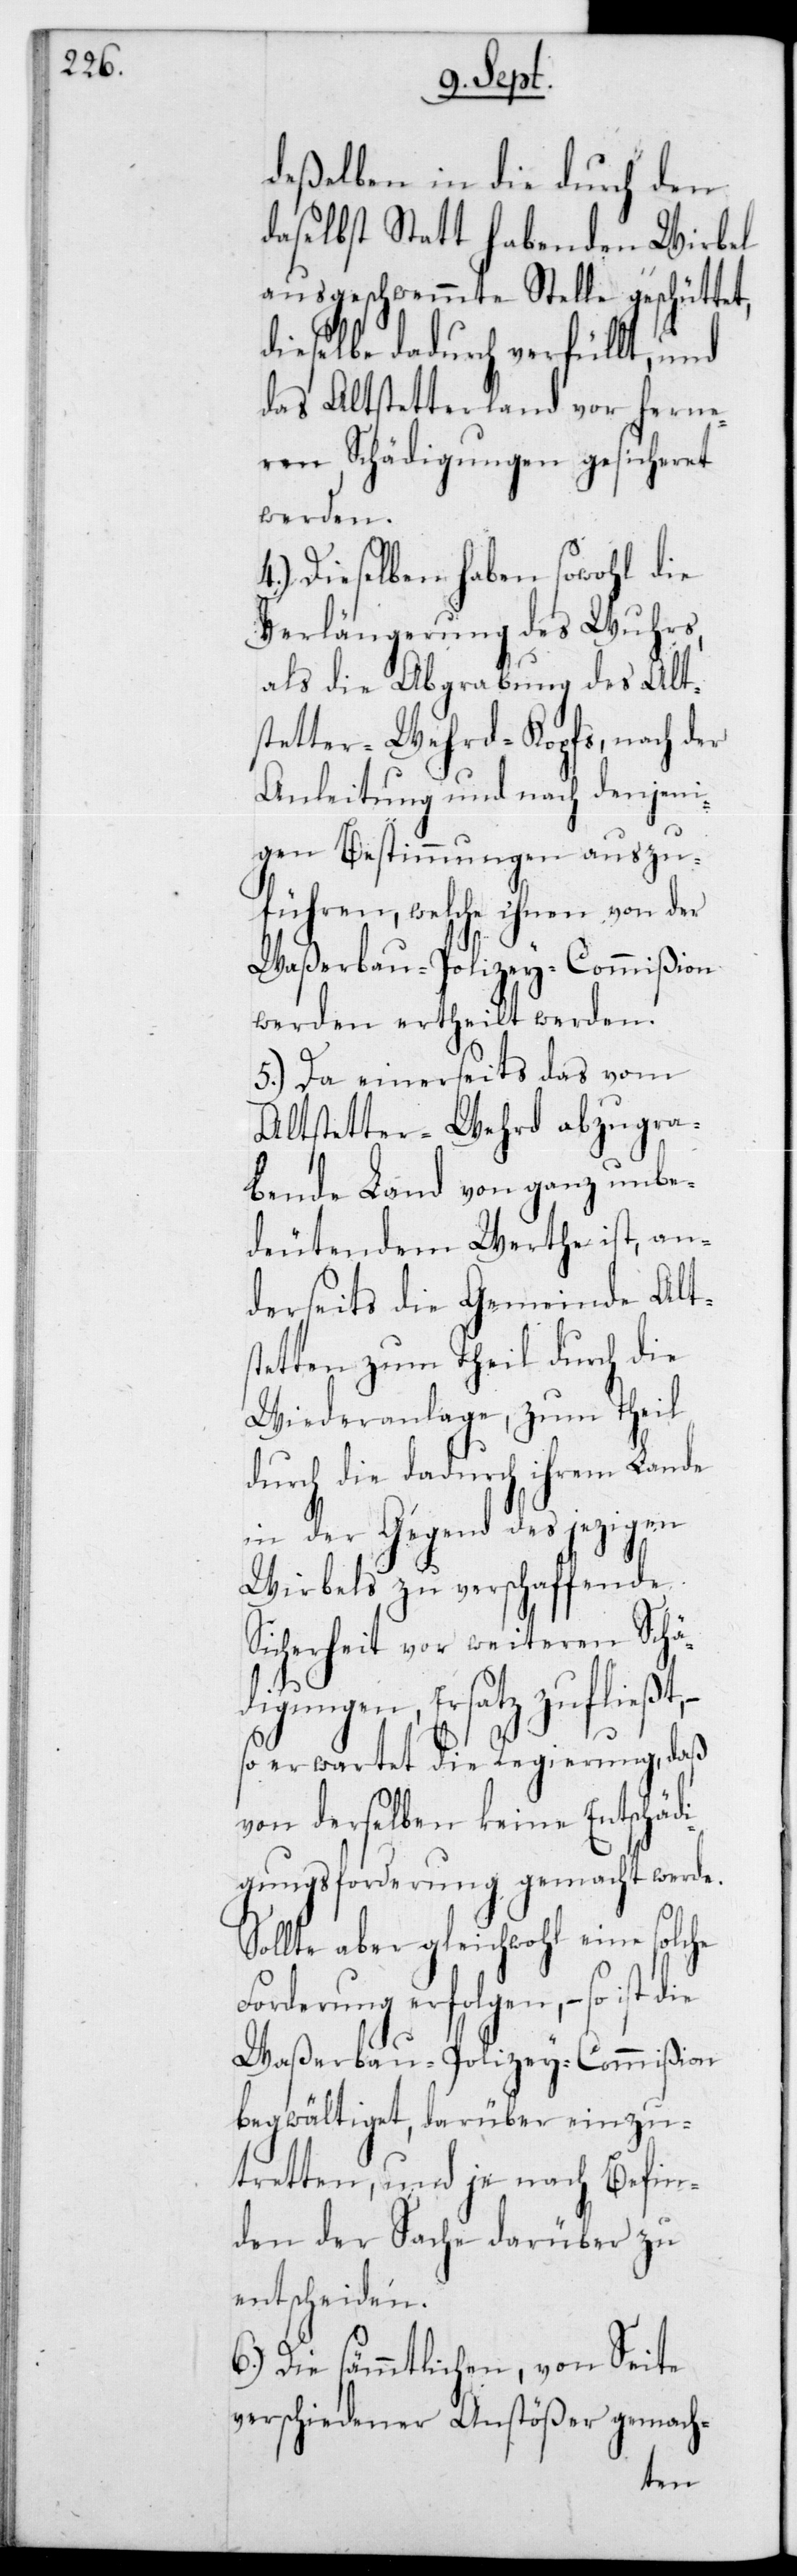
deßelben in die durch den
daselbst statt habenden Wirbel
ausgeschwemmte Stelle geschüttet,
dieselbe dadurch verfüllt und
das Altstetterland vor ferne¬
ren Schädigungen gesicheret
werden.
4.) Dieselben haben sowohl die
Verlängerung des Wuhrs,
als die Abgrabung des Alt¬
stetter-Wehrd-Kopfs nach der
Anleitung und nach denjeni¬
gen Bestimmungen auszu¬
führen, welche ihnen von der
Waßerbau-Polizey-Commißion
werden ertheilt werden.
5.) Da einerseits das vom
Altstetter-Wehrd abzugra¬
bende Land von ganz unbe¬
deutendem Werthe ist, an¬
derseits die Gemeinde Alts¬
tetten zum Theil durch die
Wiederanlage, zum Theil
durch die dadurch ihrem Lande
in der Gegend des jezigen
Wirbels zu verschaffende
Sicherheit vor weiteren Schä¬
digungen, Ersatz zufließt,
erwartet die Regierung, daß
von derselben keine Entschädi¬
gungsforderung gemacht werde.
Sollte aber gleichwohl eine solche
gen, – so ist die
Waßerbau-Polizey-Commißion
begwältiget, darüber einzu¬
tretten, und je nach Befin¬
den der Sache darüber zu
entscheiden.
6.) Die sämmtlichen von Seite
verschiedener Anstößer gemach-